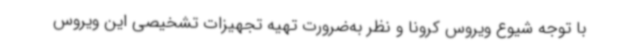
با توجه شیوع ویروس کرونا و نظر به‌ضرورت تهیه تجهیزات تشخیصی این ویروس